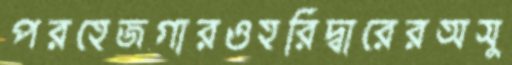
পরহেজগারওহরিদ্বারেরঅসু